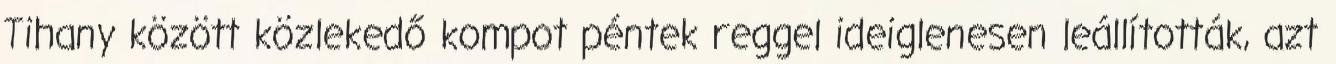
Tihany között közlekedő kompot péntek reggel ideiglenesen leállították, azt